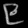
Digit: ၉